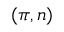
( \pi , n )